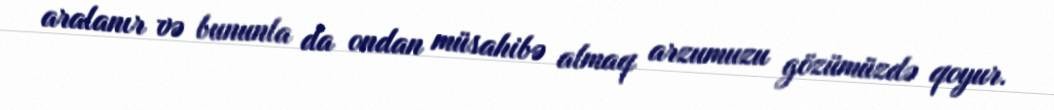
aralanır və bununla da ondan müsahibə almaq arzumuzu gözümüzdə qoyur.